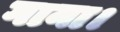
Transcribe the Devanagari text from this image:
गाना।